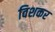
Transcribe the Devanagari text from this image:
विशकर